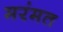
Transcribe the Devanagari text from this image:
मरंमत